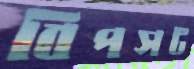
বিপসট